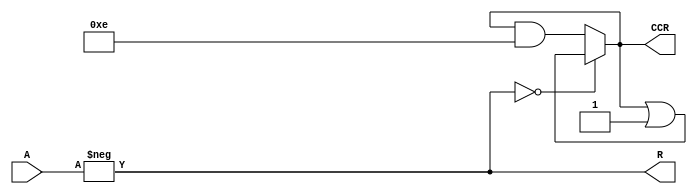
//CA2: complemento a 2

//A: entrada (op_size bits)
//R: resultado (op_size bits)
//CCR: condition code registers

//R=-A

//CCR con 4 flags:

//C: carry flag. 
//   =1 si al hacer 0-A hay borrow en el MSB(es decir, si A!=0).
//   =0 si al hacer 0-A no hay borrow en el MSB (es decir, si A==0).

//V: overflow flag. 
//   =1 si al hacer 0-A hay overflow (es decir, si A==R y A!= 0).
//   =0 si al hacer 0-A no hay overflow (es decir, si A!=R o si A==0).

//N: negative flag. 
//   =1 si el MSB de R es 1 (es decir, si en interpretacion signada, R<0).
//   =0 si el MSB de R es 0 (es decir, si en interpretacion signada, R>=0).

//Z: zero flag
//   =1 si R==0.
//   =1 si R!=0.

//5 ticks: 1 tick calculo, 4 ticks CCR

module ca2(R, CCR, A);

parameter op_size = 4;
parameter c_mask='b1000, v_mask='b0100, n_mask='b0010, z_mask='b0001;   //mascaras para los flags del ccr


output reg [3:0] CCR;           //condition code register
output reg [op_size-1:0] R;     //resultado
input[op_size-1:0] A;           //input

always @(A) 
    begin
    //seteo resultado
    R = -A;
    #1

    //seteo carry flag
    if(A)
        begin
        CCR <= (CCR | c_mask);
        //$display("C=1");
    end else begin 
        CCR <= (CCR & ~c_mask);
        //$display("C=0");
        end    
    #1


    //seteo overflow flag
    if(A==R && A!=0)
        begin 
        CCR <= (CCR | v_mask);
        //$display("V=1"); 
    end else begin
        CCR <= (CCR & (~v_mask));
        //$display("V=0");
        end
        
    #1


    //seteo negative
    if( R[op_size - 1] )
        begin
        CCR <= (CCR | n_mask);
        //$display("N=1");
    end else begin 
        CCR <= (CCR & (~n_mask));
        //$display("N=0");
        end
    #1


    //seteo zero
    if(!R)
        begin
        CCR <= (CCR | z_mask);
        //$display("Z=1");
    end else begin
        CCR <= (CCR & (~z_mask));
        //$display("Z=0");
        end

    end

endmodule

/*
module ca2_tst;
reg dummy;

wire [3:0] R, CCR;  //resultado y condition code register
reg [3:0] A;        //input del ca2


ca2 tst_ca2(R, CCR, A);
initial begin
dummy = $value$plusargs("A=%d", A);
#5 //ca2 tarda 1 tick en hacer la suma y 4 ticks en acomodar el ccr
$display(" A=%b", A);
$display("-A=%b",R);
$display("CVNZ");
$display("%b", CCR);

$finish;
end

endmodule
*/